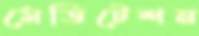
মেডিটেশন